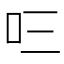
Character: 𭆻